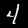
Digit: 4